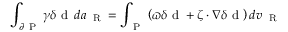
\int _ { \partial \mathrm { ~ P ~ } } \gamma \delta \mathrm { ~ d ~ } \, d a _ { \mathrm { ~ \tiny ~ R ~ } } = \int _ { \mathrm { ~ P ~ } } \left( \varpi \delta \mathrm { ~ d ~ } + \boldsymbol { \zeta } \cdot \nabla \delta \mathrm { ~ d ~ } \right) d v _ { \mathrm { ~ \tiny ~ R ~ } }